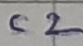
Text: C2